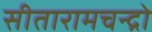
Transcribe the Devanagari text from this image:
सीतारामचन्द्रो